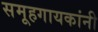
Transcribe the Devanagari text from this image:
समूहगायकांनी